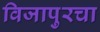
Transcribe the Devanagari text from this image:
विजापुरचा